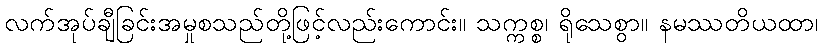
လက်အုပ်ချီခြင်းအမှုစသည်တို့ဖြင့်လည်းကောင်း။ သက္ကစ္စ၊ ရိုသေစွာ။ နမဿတိယထာ၊